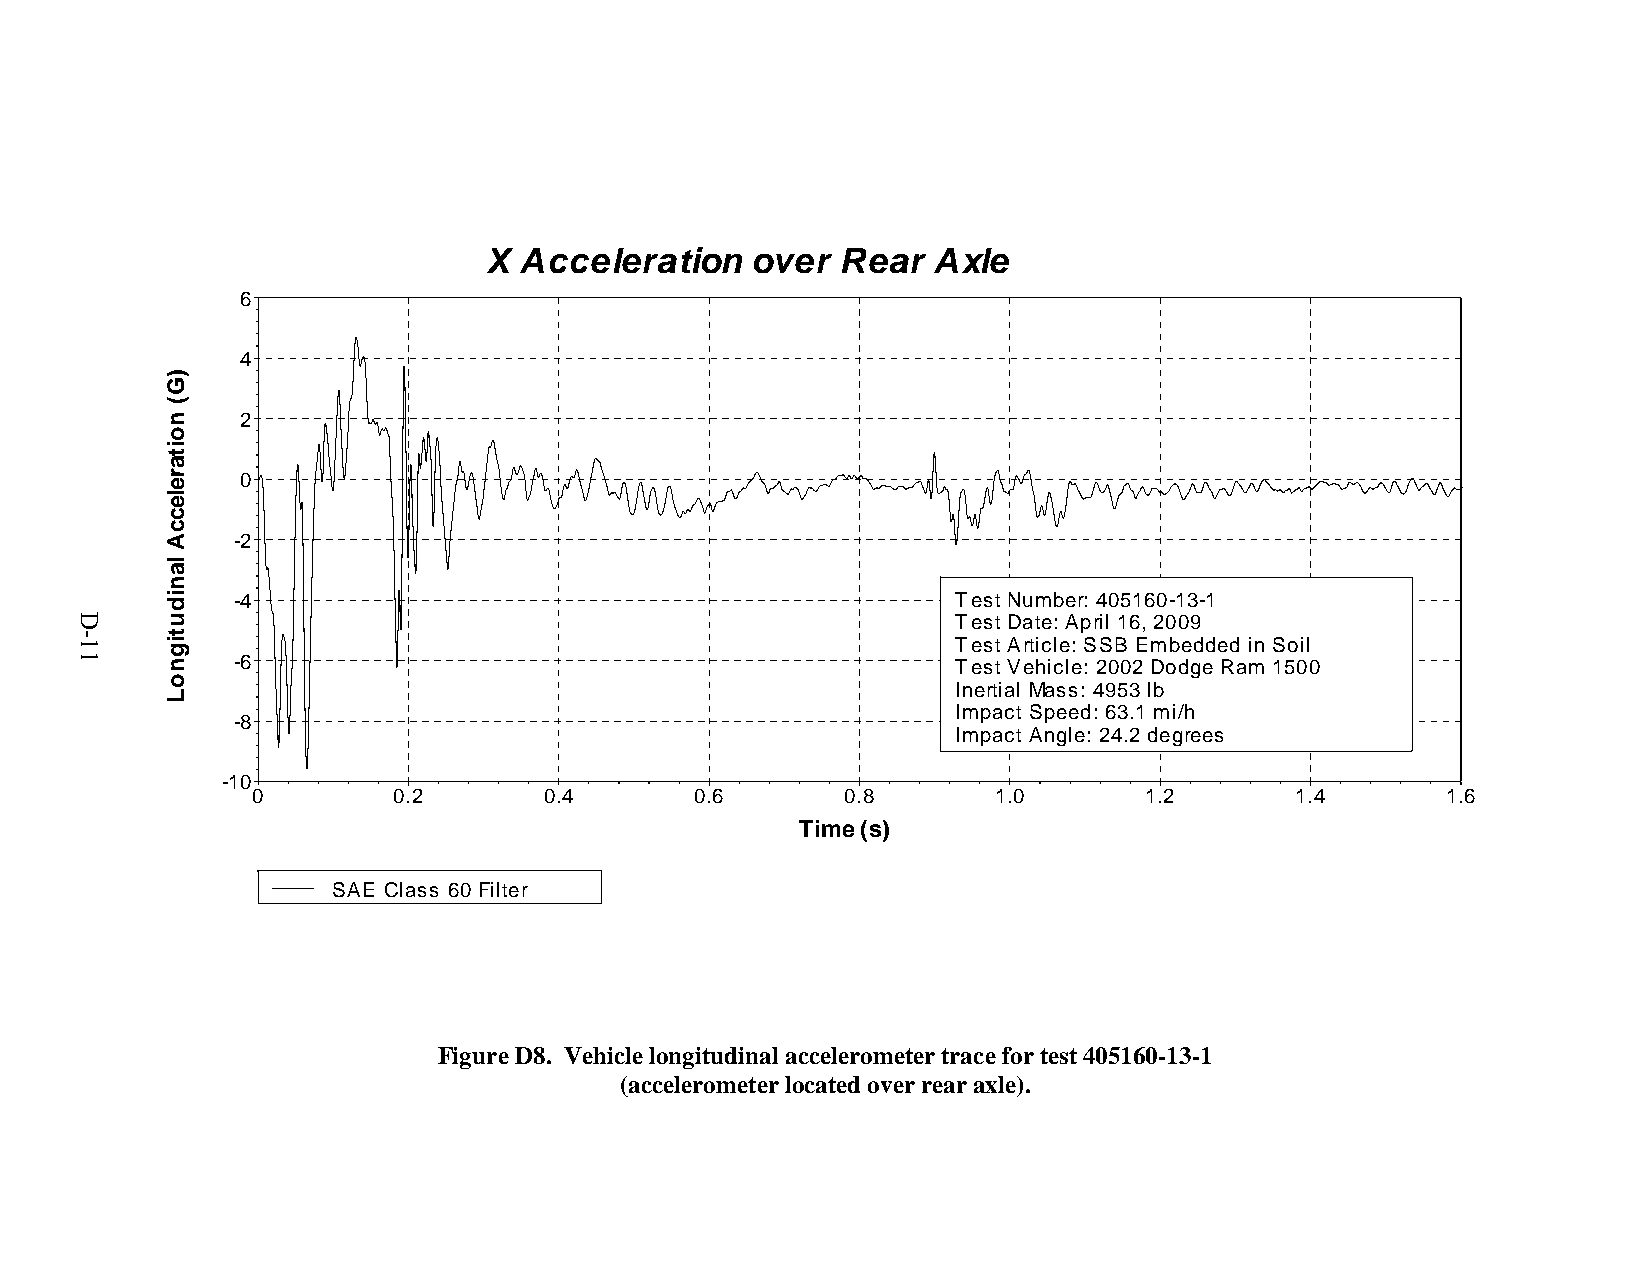
X Acceleration    over  Rear  Axle
 6
 4
 2
 0
 -2
 -4                                              Test Number: 405160-13-1
 Test Date: April 16, 2009
 Test Article: SSB Embedded in Soil
 -6                                              Test Vehicle: 2002 Dodge Ram 1500
 Inertial Mass: 4953 lb
 Impact Speed: 63.1 mi/h
 -8
 Impact Angle: 24.2 degrees
 -10
 0        0.2       0.4       0.6       0.8       1.0       1.2       1.4       1.6
 Time (s)
 SAE Class 60 Filter
 Figure D8. Vehicle longitudinal accelerometer trace for test 405160-13-1
 (accelerometer located over rear axle).
 D-11
 )G(
 noitareleccA
 lanidutignoL